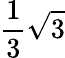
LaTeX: {\frac{1}{3}}{\sqrt{3}}